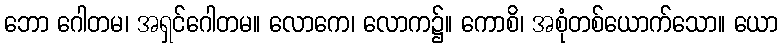
ဘော ဂေါတမ၊ အရှင်ဂေါတမ။ လောကေ၊ လောက၌။ ကောစိ၊ အစုံတစ်ယောက်သော။ ယော